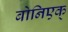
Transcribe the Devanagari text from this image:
बोनिएक्